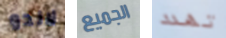
لاندو الجميع تهدد